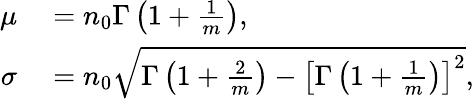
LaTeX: \begin{array}{rl}{\mu}&{{}=n_{0}\Gamma\left(1+\frac{1}{m}\right),}\\ {\sigma}&{{}=n_{0}\sqrt{\Gamma\left(1+\frac{2}{m}\right)-\left[\Gamma\left(1+\frac{1}{m}\right)\right]^{2}},}\end{array}